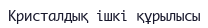
Кристалдық ішкі құрылысы